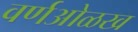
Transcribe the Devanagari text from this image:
वर्णओळख